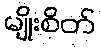
မျိုးစိတ်